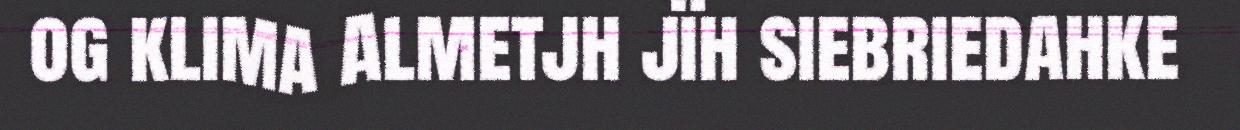
og klima Almetjh jïh siebriedahke